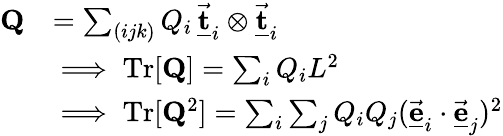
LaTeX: \begin{array}{rl}{{\mathbf Q}}&{=\sum_{(ijk)}Q_{i}\, \underline{{\vec{\mathbf t}}}_{i}\otimes\underline{{\vec{\mathbf t}}}_{i}}\\ &{\implies\mathrm{Tr}[{\mathbf Q}]=\sum_{i}Q_{i}L^{2}}\\ &{\implies\mathrm{Tr}[{\mathbf Q}^{2}]=\sum_{i}\sum_{j}Q_{i}Q_{j}(\underline{{\vec{\mathbf e}}}_{i}\cdot\underline{{\vec{\mathbf e}}}_{j})^{2}}\end{array}